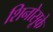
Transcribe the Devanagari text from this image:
शिनोसूके